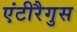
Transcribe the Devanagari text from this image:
एंटीरैगुस